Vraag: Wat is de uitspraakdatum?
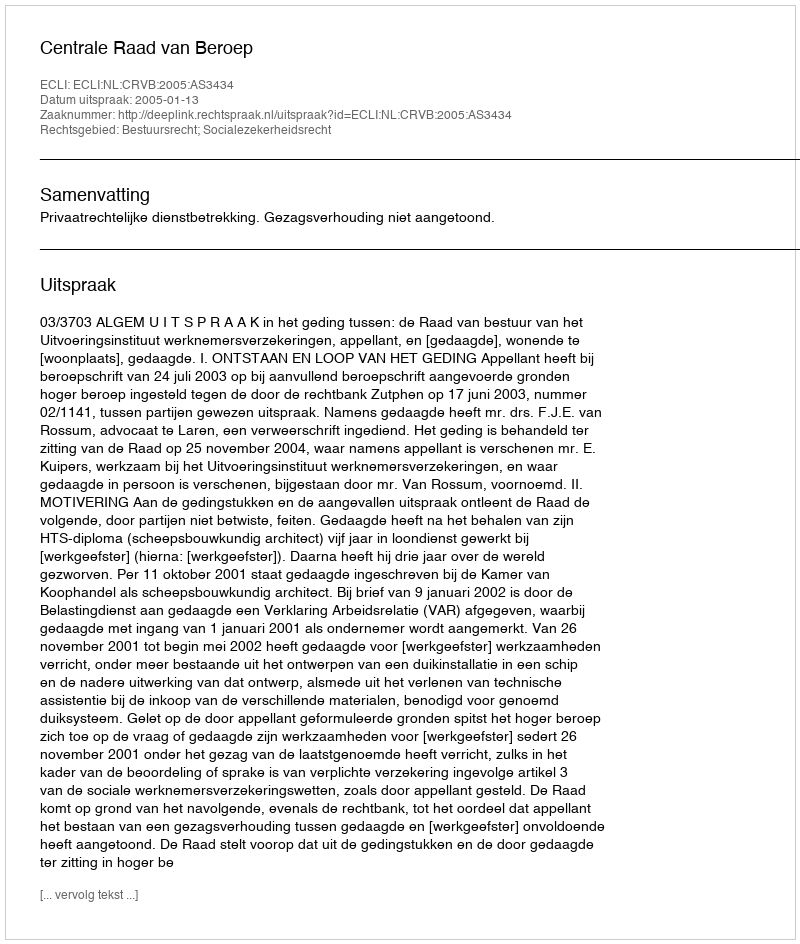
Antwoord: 2005-01-13